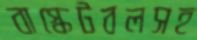
বাস্কেটবলসহ